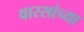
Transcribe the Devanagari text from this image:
वारसांच्या